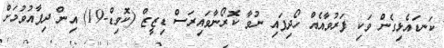
ކަނޑައެޅިގެން ވަކި ފަރުވާއެއް ހޯދިފައި ނުވާ ކޮރޯނާވައިރަސް ޑިޒީޒް (ކޮވިޑް-19) އިން ދިފާއުވުމަށް